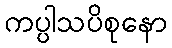
ကပ္ပါသပိစုနော